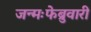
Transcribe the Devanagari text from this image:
जन्मःफेब्रुवारी